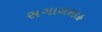
સગાળશાહ